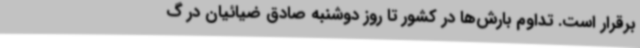
برقرار است. تداوم بارش‌ها در کشور تا روز دوشنبه صادق ضیائیان در گ